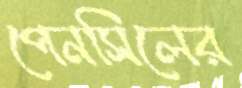
পেনসিলের